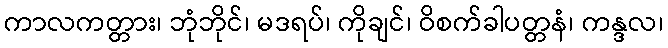
ကာလကတ္တား၊ ဘုံဘိုင်၊ မဒရပ်၊ ကိုချင်၊ ဝိစက်ခါပတ္တနံ၊ ကန္ဒလ၊